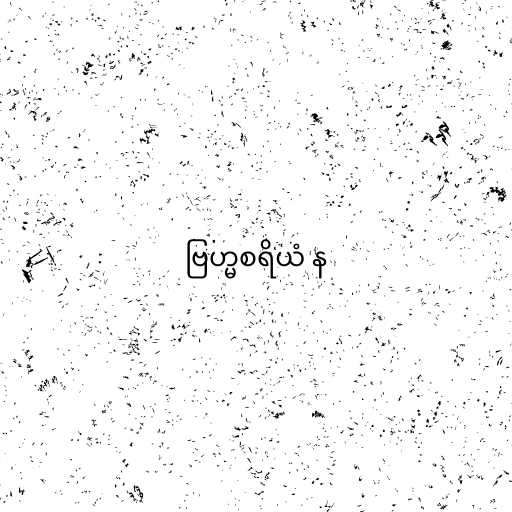
ဗြဟ္မစရိယံ န